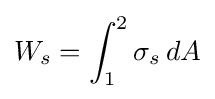
W_{s}=\int _{1}^{2}\sigma _{s}\,dA